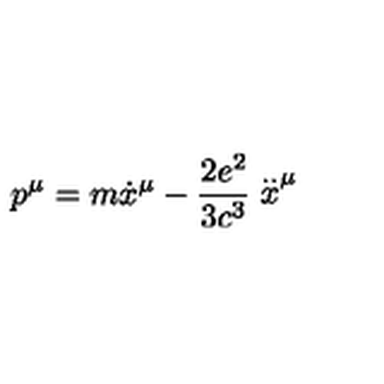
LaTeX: p ^ { \mu } = m \dot { x } ^ { \mu } - \frac { 2 e ^ { 2 } } { 3 c ^ { 3 } } \stackrel { . . } { x } ^ { \mu }